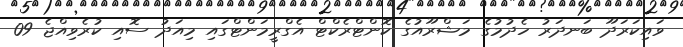
ވައިކަރަދޫ ބަނދަރު ހެދުމުގެ މަޝްރޫއުގެ ކޮންޓްރެކްޓް އެގްރީމަންޓްގައި މިއަދު ސޮއި ކުރެވިއްޖެ 09